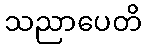
သညာပေတိ